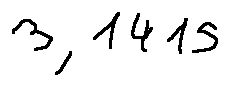
3 , 1 4 1 5